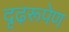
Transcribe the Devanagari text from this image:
दृढ़रूपेण